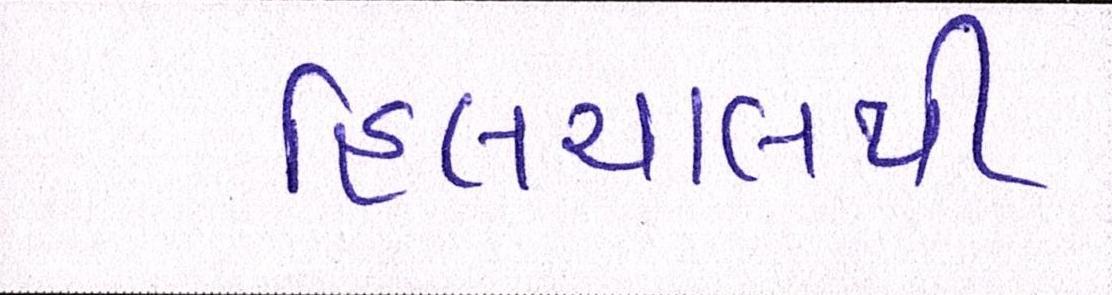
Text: હિલચાલથી